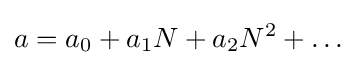
a=a_{0}+a_{1}N+a_{2}N^{2}+\dots